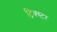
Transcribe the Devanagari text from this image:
ट्रिक्स्टर